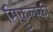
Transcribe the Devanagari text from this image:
मिकुल्स्की